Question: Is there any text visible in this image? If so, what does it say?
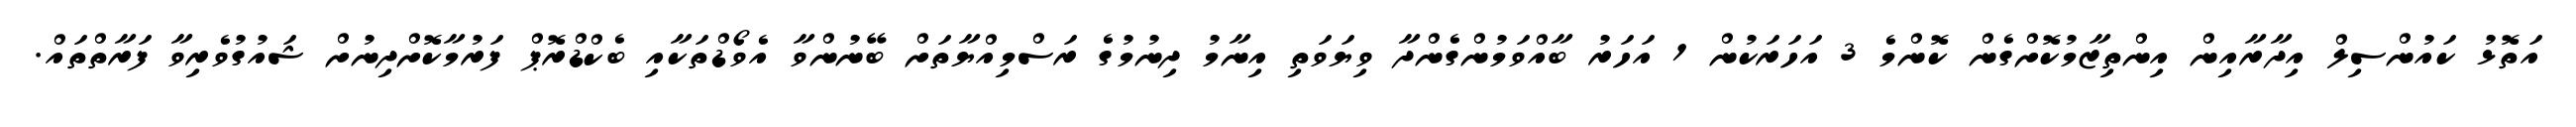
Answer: އަތޮޅު ކައުންސިލް އިދާރާއިން އިންތިޒާމުކޮށްގެން ކޮންމެ 3 އަހަރަކުން 1 އަހަރު ބާއްވަމުންގެންދާ ވިޔަވަތި އިނާމު ދިނުމުގެ ރަސްމިއްޔާތަށް ބޭނުންވާ އެވޯޑްތަކާއި ބެކްޑްރޮޕް ފަރުމާކޮށްދިނުށް ޝައުގުވެރިވާ ފަރާތްތައް.